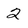
Character: 2